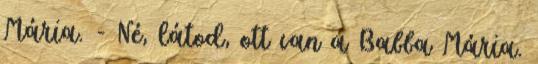
Mária. - Né, látod, ott van a Babba Mária.